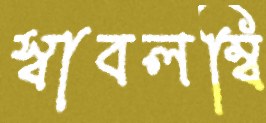
স্বাবলম্বি